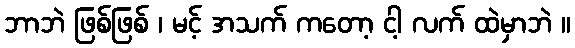
ဘာဘဲ ဖြစ်ဖြစ် ၊ မင့် အသက် ကတော့ ငါ့ လက် ထဲမှာဘဲ ။